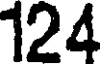
124